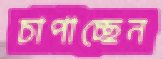
চাপাচ্ছেন